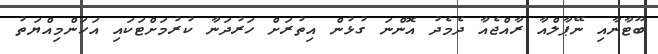
ބޫޓާނާއި ނޭޕާލްއާ ރާއްޖެއާ ދެމެދު އޮންނަ ގުޅުން އިތުރަށް ހަރުދަނާ ކުރުމަށްޓަކައި އަހަންމިއްޔަތު